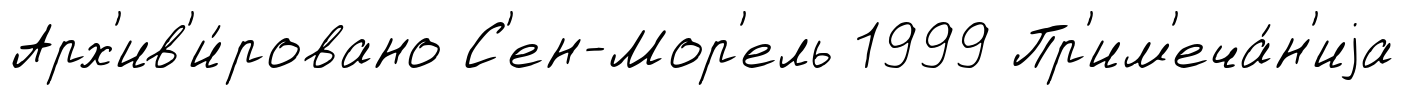
Арх'ив'и́ровано С'ен-Мор'ель 1999 Пр'им'еча́н'иjа